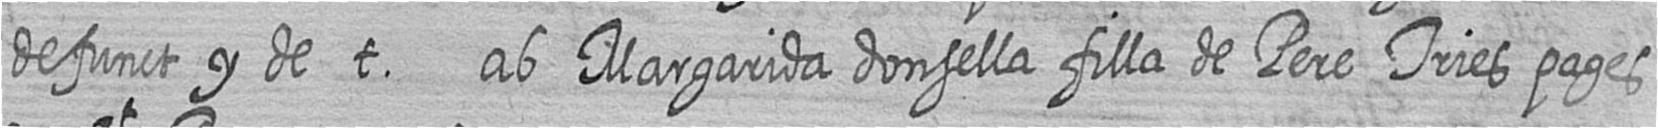
defunct y de t ab Margarida donsella filla de Pere Tries pages